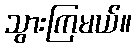
သွားကြမယ်။